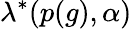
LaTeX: \lambda^{*}(p(g),\alpha)